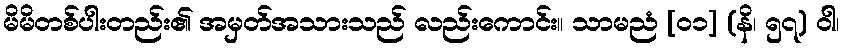
မိမိတစ်ပါးတည်း၏ အမှတ်အသားသည် လည်းကောင်း။ သာမညံ [၀၁] (နိ၊ ၅၇) ဝါ၊